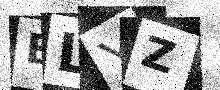
Text: ELYZ